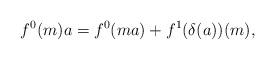
LaTeX: \begin{align*}f^{0}(m)a=f^{0}(ma)+f^{1}(\delta (a))(m),\end{align*}